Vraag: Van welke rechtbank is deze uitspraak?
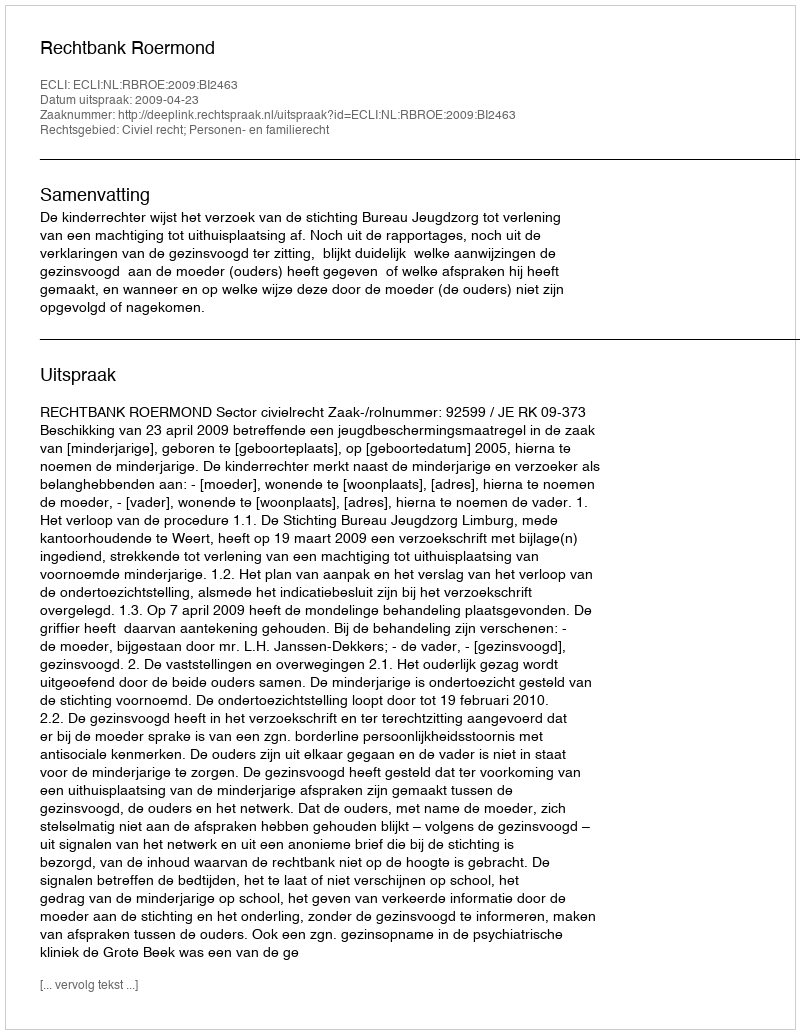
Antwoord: Rechtbank Roermond